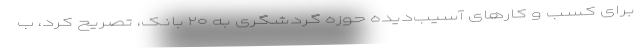
برای کسب و کارهای آسیب‌دیده حوزه گردشگری به ۲۰ بانک، تصریح کرد، ب